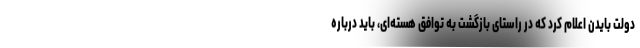
دولت بایدن اعلام کرد که در راستای بازگشت به توافق هسته‌ای، باید درباره